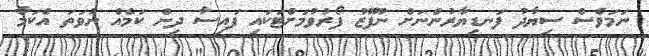
ނަމަވެސް ސިޔާދު ފަނޑިޔާރުންނަށް ނުފޫޒު ފޯރުވުމަށްޓަކައި ފައިސާ ދިން ކަމެއް ނުވަތަ އެކަމާ